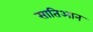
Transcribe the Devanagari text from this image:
सातिआन